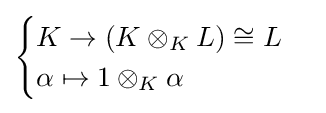
{\begin{cases}K\to (K\otimes _{K}L)\cong L\\\alpha \mapsto 1\otimes _{K}\alpha \end{cases}}